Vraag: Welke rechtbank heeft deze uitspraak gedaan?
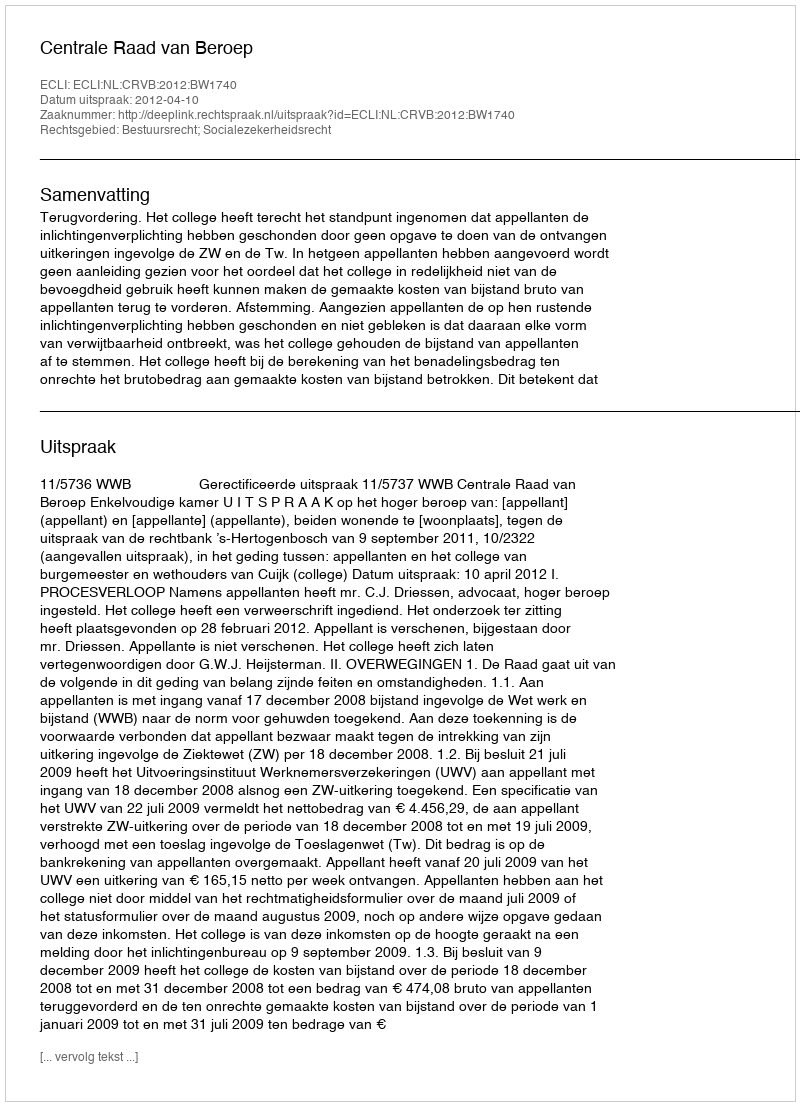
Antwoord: Centrale Raad van Beroep